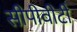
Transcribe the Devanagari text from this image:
सीपीवीटी